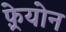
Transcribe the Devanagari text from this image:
फ़्रेयोन